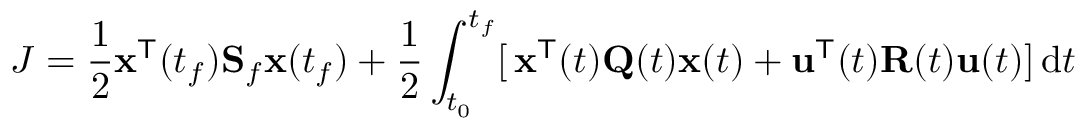
J = { \frac { 1 } { 2 } } \mathbf { x } ^ { \mathsf { T } } ( t _ { f } ) \mathbf { S } _ { f } \mathbf { x } ( t _ { f } ) + { \frac { 1 } { 2 } } \int _ { t _ { 0 } } ^ { t _ { f } } [ \, \mathbf { x } ^ { \mathsf { T } } ( t ) \mathbf { Q } ( t ) \mathbf { x } ( t ) + \mathbf { u } ^ { \mathsf { T } } ( t ) \mathbf { R } ( t ) \mathbf { u } ( t ) ] \, \mathrm { d } t